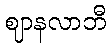
ဈာနလာဘီ